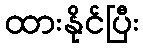
ထားနိုင်ပြီး